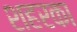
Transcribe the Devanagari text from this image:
शहरका